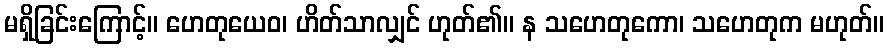
မရှိခြင်းကြောင့်။ ဟေတုယေဝ၊ ဟိတ်သာလျှင် ဟုတ်၏။ န သဟေတုကော၊ သဟေတုက မဟုတ်။